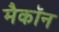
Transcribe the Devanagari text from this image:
मैकॉन